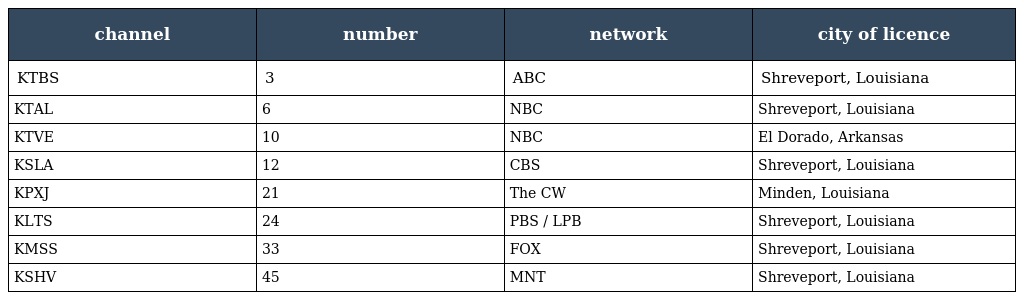
| channel | number | network | city of licence |
 | --- | --- | --- | --- |
 | KTBS | 3 | ABC | Shreveport, Louisiana |
 | KTAL | 6 | NBC | Shreveport, Louisiana |
 | KTVE | 10 | NBC | El Dorado, Arkansas |
 | KSLA | 12 | CBS | Shreveport, Louisiana |
 | KPXJ | 21 | The CW | Minden, Louisiana |
 | KLTS | 24 | PBS / LPB | Shreveport, Louisiana |
 | KMSS | 33 | FOX | Shreveport, Louisiana |
 | KSHV | 45 | MNT | Shreveport, Louisiana |